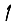
Digit: 1